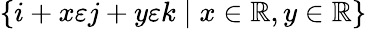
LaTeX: \{ i+x\varepsilon j+y\varepsilon k\mid x\in\mathbb{R},y\in\mathbb{R}\}